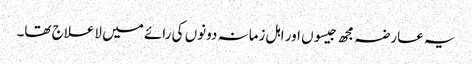
یہ عارضہ مجھ جیسوں اور اہل زمانہ دونوں کی رائے میں لاعلاج تھا۔